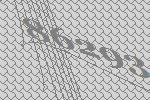
86293